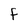
Character: f